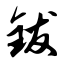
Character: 钹